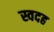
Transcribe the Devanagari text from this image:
स्वदह